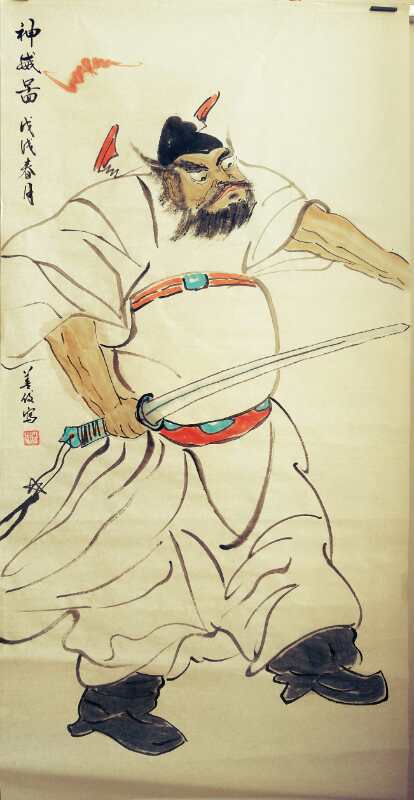
先行其言，而后从之。